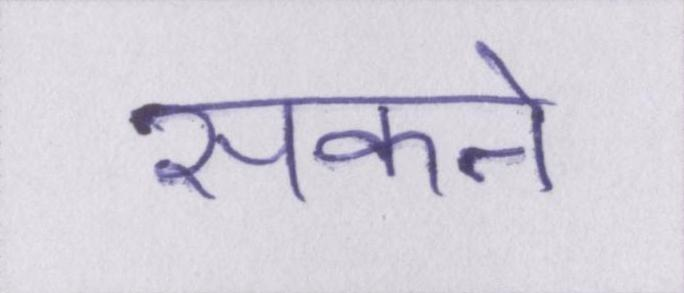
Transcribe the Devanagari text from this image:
सकने